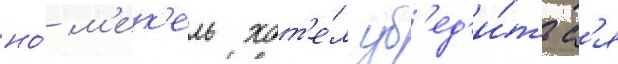
но́ м'ек'ель хот'е́л уб'ед'и́тьс'я